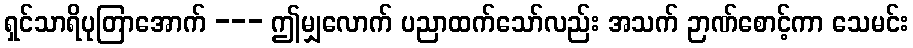
ရှင်သာရိပုတြာအောက် --- ဤမျှလောက် ပညာထက်သော်လည်း အသက် ဉာဏ်စောင့်ကာ သေမင်း